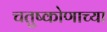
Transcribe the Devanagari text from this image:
चतुष्कोणाच्या